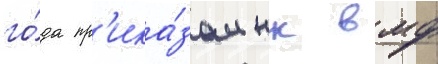
го́да пр'ика́зом нк вмф